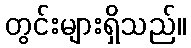
တွင်းများရှိသည်။